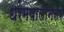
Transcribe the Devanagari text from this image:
धरमपालानंतर